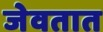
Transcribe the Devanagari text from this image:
जेवतात